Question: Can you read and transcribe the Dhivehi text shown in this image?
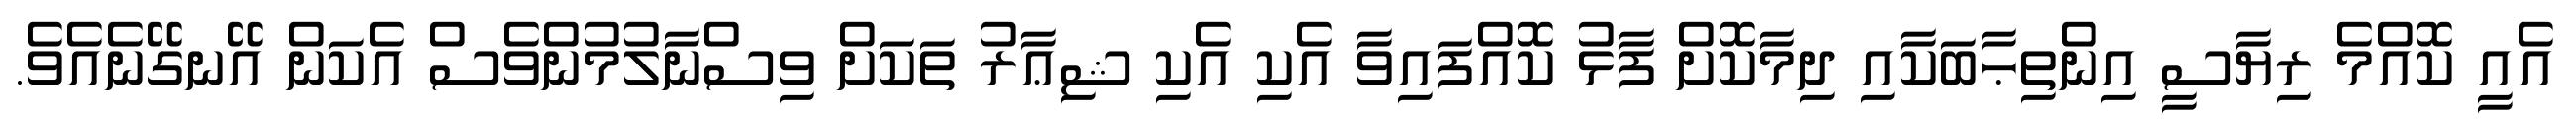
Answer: އެއީ ކޮއްމެ ރިޔާސީ އިންތިޙާބަކާއި ދިމާކޮށް ފާޅު ކޮއްފައިވާ އެކި އެކި ޝިޢާރު ތަކަށް ވިސްނާލުމުންވެސް އެކަން އޭނގޭނެއެވެ.